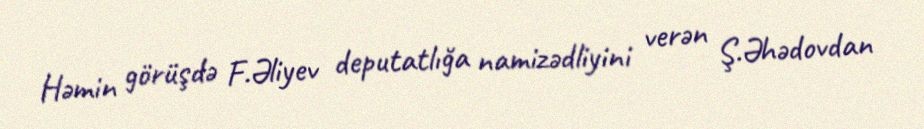
Həmin görüşdə F.Əliyev deputatlığa namizədliyini verən Ş.Əhədovdan